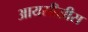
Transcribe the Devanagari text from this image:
आयसीसीस